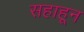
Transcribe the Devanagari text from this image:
सहाहून